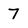
Character: 7